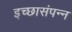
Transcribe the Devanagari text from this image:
इच्छासंपन्न